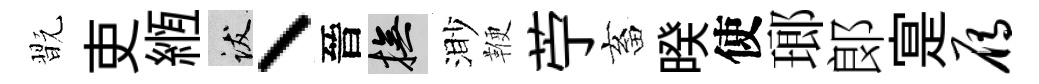
翫吏縆跋丶晉撫渺鞭苧畜暌使瑯郞寔雁